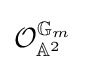
{\mathcal {O}}_{\mathbb {A} ^{2}}^{\mathbb {G} _{m}}